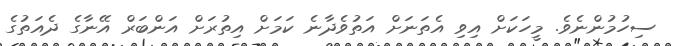
ސިހުމުންނެވެ. މީހަކަށް އިވި އެތަނަށް އަތުވެދާނެ ކަމަށް އިތުރަށް އަންބަރް އޭނާގެ ދެއަތުގެ